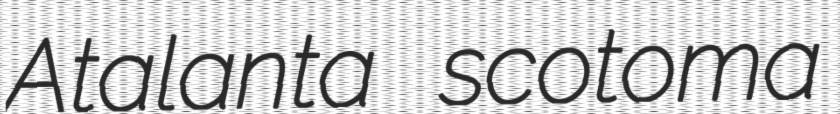
Atalanta scotoma